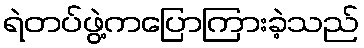
ရဲတပ်ဖွဲ့ကပြောကြားခဲ့သည်